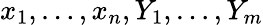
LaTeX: x_{1},\dots,x_{n},Y_{1},\dots,Y_{m}